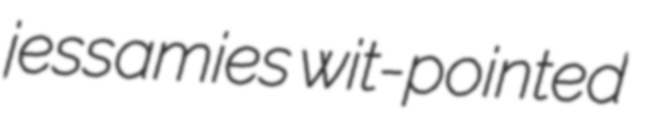
jessamies wit-pointed